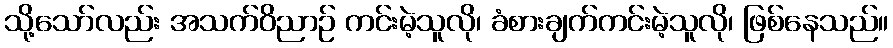
သို့သော်လည်း အသက်ဝိညာဉ် ကင်းမဲ့သူလို၊ ခံစားချက်ကင်းမဲ့သူလို၊ ဖြစ်နေသည်။